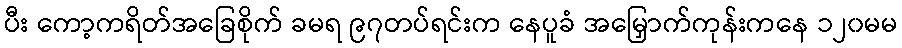
ပီး ကော့ကရိတ်အခြေစိုက် ခမရ ၉၇တပ်ရင်းက နေပူခံ အမြှောက်ကုန်းကနေ ၁၂၀မမ